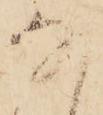
な